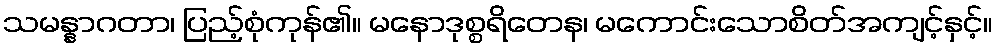
သမန္နာဂတာ၊ ပြည့်စုံကုန်၏။ မနောဒုစ္စရိတေန၊ မကောင်းသောစိတ်အကျင့်နှင့်။